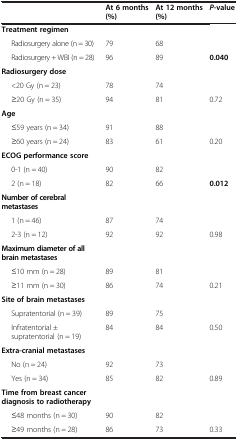
<table><thead><tr><td></td><td><b>At 6 months (%)</b></td><td><b>At 12 months (%)</b></td><td><b><i>P</i>-value</b></td></tr></thead><tbody><tr><td><b>Treatment regimen</b></td><td></td><td></td><td></td></tr><tr><td>Radiosurgery alone (n = 30)</td><td>79</td><td>68</td><td></td></tr><tr><td>Radiosurgery + WBI (n = 28)</td><td>96</td><td>89</td><td><b>0.040</b></td></tr><tr><td><b>Radiosurgery dose</b></td><td></td><td></td><td></td></tr><tr><td>&lt;20 Gy (n = 23)</td><td>78</td><td>74</td><td></td></tr><tr><td>≥20 Gy (n = 35)</td><td>94</td><td>81</td><td>0.72</td></tr><tr><td><b>Age</b></td><td></td><td></td><td></td></tr><tr><td>≤59 years (n = 34)</td><td>91</td><td>88</td><td></td></tr><tr><td>≥60 years (n = 24)</td><td>83</td><td>61</td><td>0.20</td></tr><tr><td><b>ECOG performance score</b></td><td></td><td></td><td></td></tr><tr><td>0-1 (n = 40)</td><td>90</td><td>82</td><td></td></tr><tr><td>2 (n = 18)</td><td>82</td><td>66</td><td><b>0.012</b></td></tr><tr><td><b>Number of cerebral metastases</b></td><td></td><td></td><td></td></tr><tr><td>1 (n = 46)</td><td>87</td><td>74</td><td></td></tr><tr><td>2-3 (n = 12)</td><td>92</td><td>92</td><td>0.98</td></tr><tr><td><b>Maximum diameter of all brain metastases</b></td><td></td><td></td><td></td></tr><tr><td>≤10 mm (n = 28)</td><td>89</td><td>81</td><td></td></tr><tr><td>≥11 mm (n = 30)</td><td>86</td><td>74</td><td>0.21</td></tr><tr><td><b>Site of brain metastases</b></td><td></td><td></td><td></td></tr><tr><td>Supratentorial (n = 39)</td><td>89</td><td>75</td><td></td></tr><tr><td>Infratentorial ± supratentorial (n = 19)</td><td>84</td><td>84</td><td>0.50</td></tr><tr><td><b>Extra-cranial metastases</b></td><td></td><td></td><td></td></tr><tr><td>No (n = 24)</td><td>92</td><td>73</td><td></td></tr><tr><td>Yes (n = 34)</td><td>85</td><td>82</td><td>0.89</td></tr><tr><td><b>Time from breast cancer diagnosis to radiotherapy</b></td><td></td><td></td><td></td></tr><tr><td>≤48 months (n = 30)</td><td>90</td><td>82</td><td></td></tr><tr><td>≥49 months (n = 28)</td><td>86</td><td>73</td><td>0.33</td></tr></tbody></table>